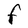
Character: F